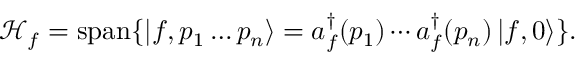
{ \mathcal { H } } _ { f } = \operatorname { s p a n } \{ \left| f , p _ { 1 } \ldots p _ { n } \right\rangle = a _ { f } ^ { \dagger } ( p _ { 1 } ) \cdots a _ { f } ^ { \dagger } ( p _ { n } ) \left| f , 0 \right\rangle \} .